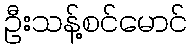
ဦးသန့်စင်မောင်